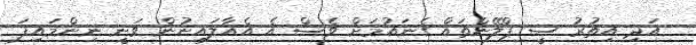
އަދި އިތުރު ސީ ޕްލޭންތައް ގެނައުމަށް ވެސް އެ އެއާލައިނުން ވަނީ ނިންމައިފަ